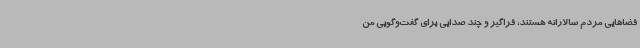
فضاهایی مردم سالارانه هستند، فراگیر و چند صدایی برای گفت‌وگویی من